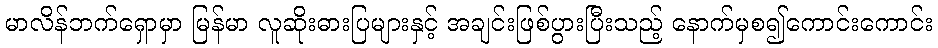
မာလိန်ဘက်ရှောမှာ မြန်မာ လူဆိုးဓားပြများနှင့် အချင်းဖြစ်ပွားပြီးသည့် နောက်မှစ၍ကောင်းကောင်း